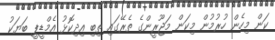
ކަން މިހެން ހުރުމުން މިކަން މަޖޫރީންގެ ތެރޭގައި ތިބި އިދިކޮޅު އެމްޑީޕީ ބަޔަކު